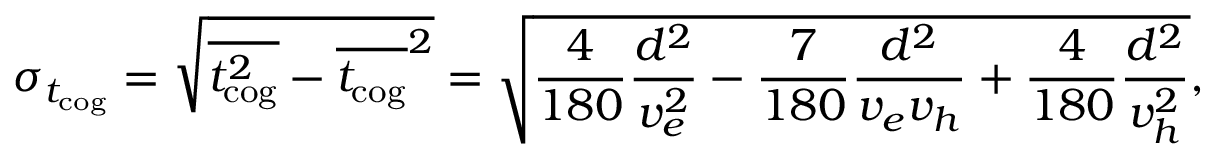
\sigma _ { { t _ { \mathrm { c o g } } } } = \sqrt { \overline { { t _ { \mathrm { c o g } } ^ { 2 } } } - \overline { { t _ { \mathrm { c o g } } } } ^ { 2 } } = \sqrt { \frac { 4 } { 1 8 0 } \frac { d ^ { 2 } } { v _ { e } ^ { 2 } } - \frac { 7 } { 1 8 0 } \frac { d ^ { 2 } } { v _ { e } v _ { h } } + \frac { 4 } { 1 8 0 } \frac { d ^ { 2 } } { v _ { h } ^ { 2 } } } ,